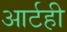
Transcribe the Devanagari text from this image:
आर्टही